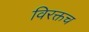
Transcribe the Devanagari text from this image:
विरक्तच